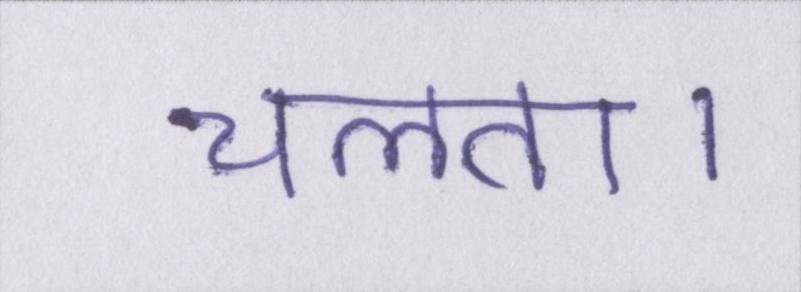
चलता।